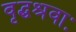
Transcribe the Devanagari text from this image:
वृद्धश्रवाः